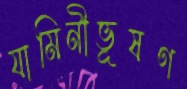
যামিনীভূষণ